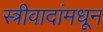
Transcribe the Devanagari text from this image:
स्त्रीवादांमधून